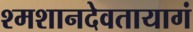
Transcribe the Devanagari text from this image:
श्मशानदेवतायागं